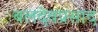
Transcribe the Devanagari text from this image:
बलदेवप्रसाद